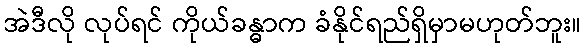
အဲဒီလို လုပ်ရင် ကိုယ်ခန္ဓာက ခံနိုင်ရည်ရှိမှာမဟုတ်ဘူး။